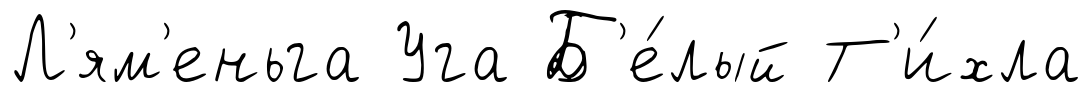
Л'ям'еньга Уга Б'е́лый Т'и́хла